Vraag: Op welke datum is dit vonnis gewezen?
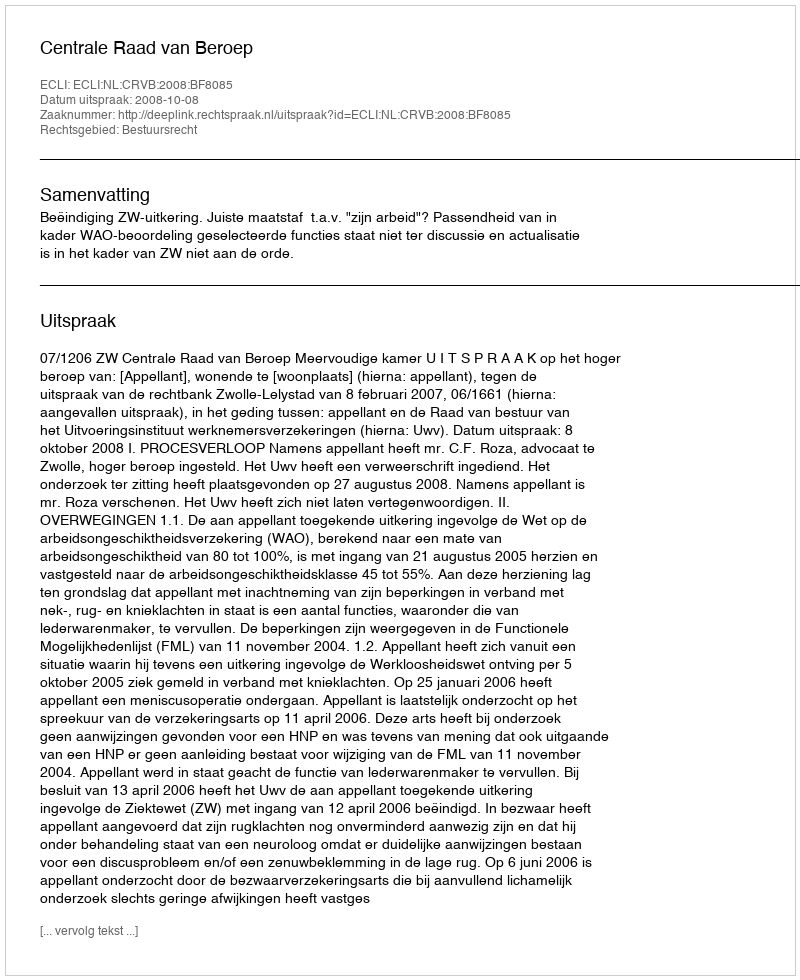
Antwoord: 2008-10-08